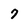
Character: 7